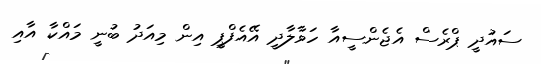
ސައުދީ ޕްރެސް އެޖެންސީއާ ހަވާލާދީ އޭއެފްޕީ އިން މިއަދު ބުނީ މައްކާ އާއި